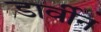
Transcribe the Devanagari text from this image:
डार्वीन